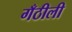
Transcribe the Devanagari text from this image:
गँठीली